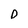
Character: D